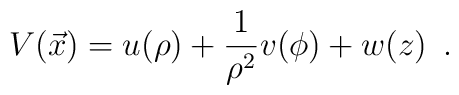
V(\vec x)=u(\rho)+{1\over\rho^2}v(\phi)+w(z)\enspace.